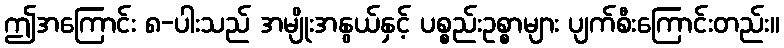
ဤအကြောင်း ၈-ပါးသည် အမျိုးအနွယ်နှင့် ပစ္စည်းဥစ္စာများ ပျက်စီးကြောင်းတည်း။